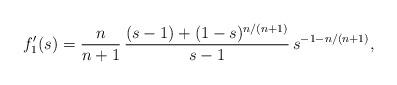
LaTeX: \begin{align*}f_1'(s)=\frac{n}{n+1}\,\frac{(s-1)+(1-s)^{n/(n+1)}}{s-1}\,s^{-1-n/(n+1)},\end{align*}